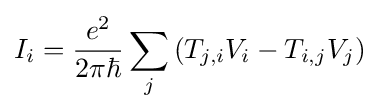
I_{i}={\frac {e^{2}}{2\pi \hbar }}\sum _{j}\left(T_{j,i}V_{i}-T_{i,j}V_{j}\right)